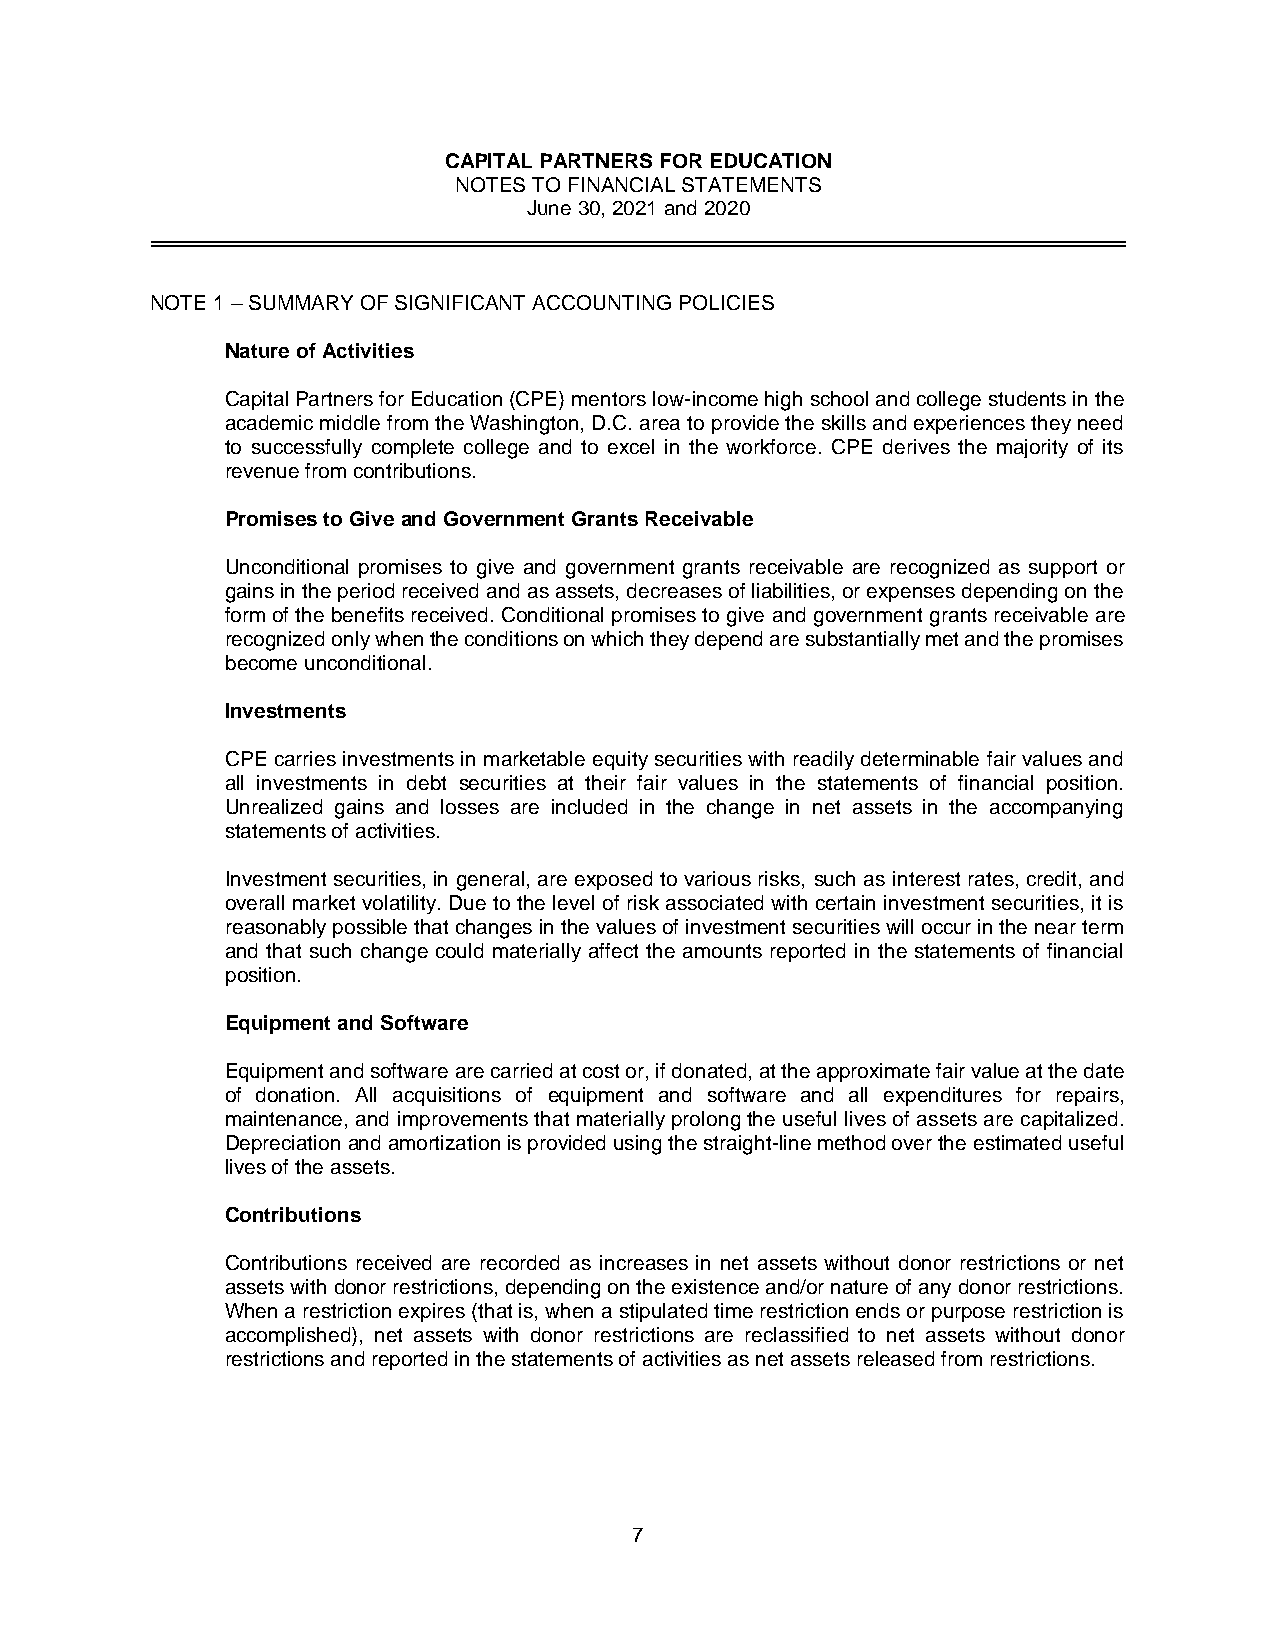
CAPITAL PARTNERS FOR EDUCATION
 NOTES TO FINANCIAL STATEMENTS
 June 30, 2021 and 2020
 NOTE 1 – SUMMARY OF SIGNIFICANT ACCOUNTING POLICIES
 Nature of Activities
 Capital Partners for Education (CPE) mentors low-income high school and college students in the
 academic middle from the Washington, D.C. area to provide the skills and experiences they need
 to successfully complete college and to excel in the workforce. CPE derives the majority of its
 revenue from contributions.
 Promises to Give and Government Grants Receivable
 Unconditional promises to give and government grants receivable are recognized as support or
 gains in the period received and as assets, decreases of liabilities, or expenses depending on the
 form of the benefits received. Conditional promises to give and government grants receivable are
 recognized only when the conditions on which they depend are substantially met and the promises
 become unconditional.
 Investments
 CPE carries investments in marketable equity securities with readily determinable fair values and
 all investments in debt securities at their fair values in the statements of financial position.
 Unrealized gains and losses are included in the change in net assets in the accompanying
 statements of activities.
 Investment securities, in general, are exposed to various risks, such as interest rates, credit, and
 overall market volatility. Due to the level of risk associated with certain investment securities, it is
 reasonably possible that changes in the values of investment securities will occur in the near term
 and that such change could materially affect the amounts reported in the statements of financial
 position.
 Equipment and Software
 Equipment and software are carried at cost or, if donated, at the approximate fair value at the date
 of donation. All acquisitions of equipment and software and all expenditures for repairs,
 maintenance, and improvements that materially prolong the useful lives of assets are capitalized.
 Depreciation and amortization is provided using the straight-line method over the estimated useful
 lives of the assets.
 Contributions
 Contributions received are recorded as increases in net assets without donor restrictions or net
 assets with donor restrictions, depending on the existence and/or nature of any donor restrictions.
 When a restriction expires (that is, when a stipulated time restriction ends or purpose restriction is
 accomplished), net assets with donor restrictions are reclassified to net assets without donor
 restrictions and reported in the statements of activities as net assets released from restrictions.
 7